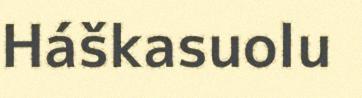
Háškasuolu